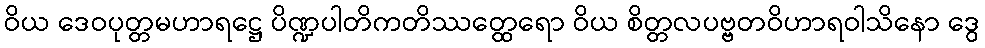
ဝိယ ဒေဝပုတ္တမဟာရဋ္ဌေ ပိဏ္ဍပါတိကတိဿတ္ထေရော ဝိယ စိတ္တလပဗ္ဗတဝိဟာရဝါသိနော ဒွေ